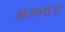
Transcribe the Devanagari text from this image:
अडणारा